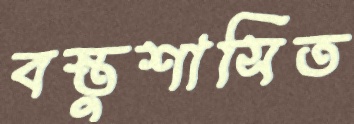
বস্তুশাসিত